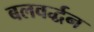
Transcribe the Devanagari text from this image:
बलवर्द्धन